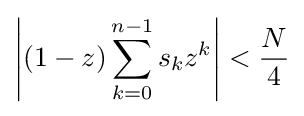
\left|(1-z)\sum _{k=0}^{n-1}s_{k}z^{k}\right|<{\frac {N}{4}}